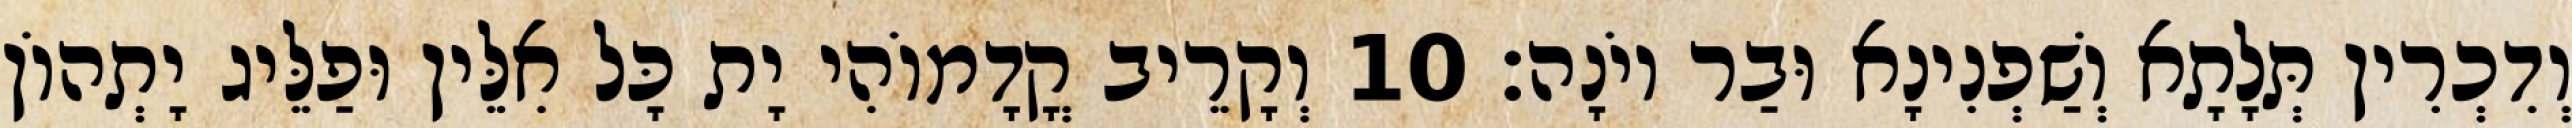
וְדִכְרִין תְּלָתָא וְשַׁפְנִינָא וּבַר יוֹנָה׃ 10 וְקָרֵיב קֳדָמוֹהִי יָת כָּל אִלֵּין וּפַלֵּיג יָתְהוֹן